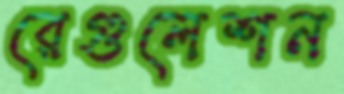
রেগুলেশন